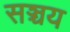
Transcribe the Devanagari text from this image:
सञ्चय